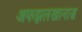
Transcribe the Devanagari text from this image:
अफझलखानास